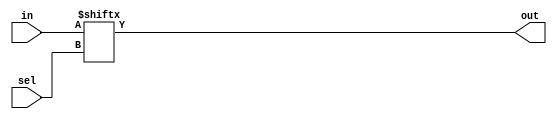
`timescale 1ns / 1ps
//////////////////////////////////////////////////////////////////////////////////
// Company: 
// Engineer: 
// 
// Design Name: 
// Module Name: Mux2X1B
// Project Name: 
// Target Devices: 
// Tool Versions: 
// Description: 
// 
// Dependencies: 
// 
// Revision:
// Revision 0.01 - File Created
// Additional Comments:
// 
//////////////////////////////////////////////////////////////////////////////////


module Mux2X1B(in,sel,out);
input [1:0]in;
input sel;
output out;

assign out = in[sel];

endmodule